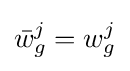
{\bar {w}}_{g}^{j}=w_{g}^{j}